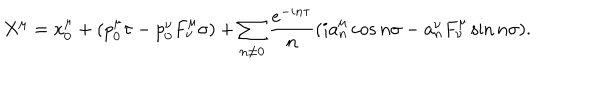
X ^ { \mu } = x _ { 0 } ^ { \mu } + ( p _ { 0 } ^ { \mu } \tau - p _ { 0 } ^ { \nu } F _ { \nu } ^ { \mu } \sigma ) + \sum _ { n \neq 0 } { \frac { e ^ { - i n \tau } } { n } } ( i a _ { n } ^ { \mu } \cos n \sigma - a _ { n } ^ { \nu } F _ { \nu } ^ { \mu } \sin n \sigma ) .